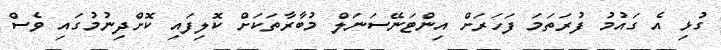
ގުޅި އެ ގައުމު ފުރަތަމަ ފަހަރަށް އިންޓަނޭސަނަލް މުބާރާތަކަށް ކޮލިފައި ކޮށްދިނުމުގައި ވެސް